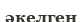
әкелген